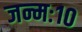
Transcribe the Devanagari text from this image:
जन्मः१०